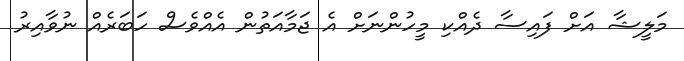
މަލީޝާ އަށް ފައިސާ ދެއްކި މީހުންނަށް އެ ޖަމާއަތުން އެއްވެސް ހަބަރެއް ނުވާއިރު